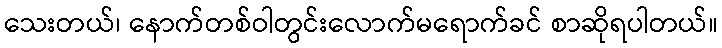
သေးတယ်၊ နောက်တစ်ဝါတွင်းလောက်မရောက်ခင် စာဆိုရပါတယ်။